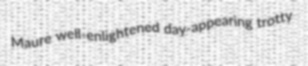
Maure well-enlightened day-appearing trotty